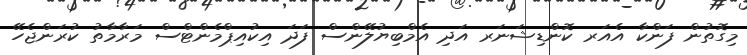
މިގޮތުން ފަންކާ އެއަރ ކޮންޑިޝަނަރ އަދި އެމްބިޔުލޭންސް ފަދަ އިކުއިޕްމެންޓްސް މަރާމާތު ކުރަންޖެހޭ